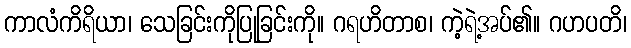
ကာလံကိရိယာ၊ သေခြင်းကိုပြုခြင်းကို။ ဂရဟိတာစ၊ ကဲ့ရဲ့အပ်၏။ ဂဟပတိ၊